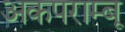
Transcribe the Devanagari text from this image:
अकपराम्बू